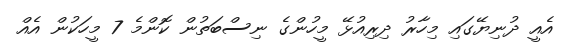
އެއީ ދުނިޔޭގައި މިހާރު ދިރިއުޅޭ މީހުންގެ ނިސްބަތުން ކޮންމެ 7 މީހަކުން އެއް